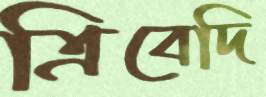
ত্রিবেদি